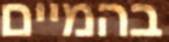
בהמיים